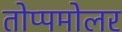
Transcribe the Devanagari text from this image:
तोप्पमोलर